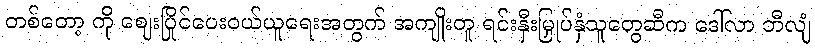
တစ်တော့ ကို ဈေးပြိုင်ပေးဝယ်ယူရေးအတွက် အကျိုးတူ ရင်းနှီးမြှုပ်နှံသူတွေဆီက ဒေါ်လာ ဘီလျံ